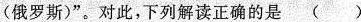
(俄罗斯)”。对此，下列解读正确的是 ()